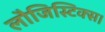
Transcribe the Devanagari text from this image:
लौजिस्टिक्स।